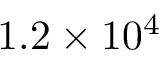
1 . 2 \times 1 0 ^ { 4 }